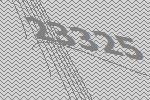
23325